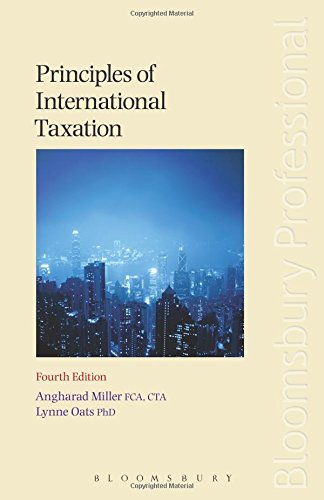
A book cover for Principles of International Taxation: Fourth Edition; Angharad Miller; Law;